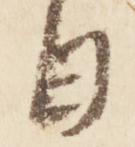
日